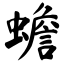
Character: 蟾